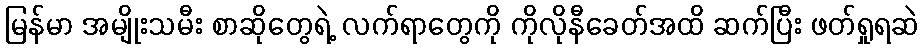
မြန်မာ အမျိုးသမီး စာဆိုတွေရဲ့ လက်ရာတွေကို ကိုလိုနီခေတ်အထိ ဆက်ပြီး ဖတ်ရှုရဆဲ